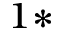
^ { 1 * }